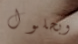
وبحلول